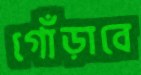
গোঁড়াবে